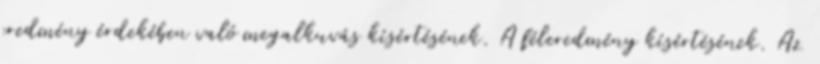
eredmény érdekében való megalkuvás kísértésének. A féleredmény kísértésének. Az